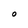
Character: O